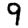
Digit: 9